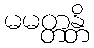
မမတ္တန္တိ